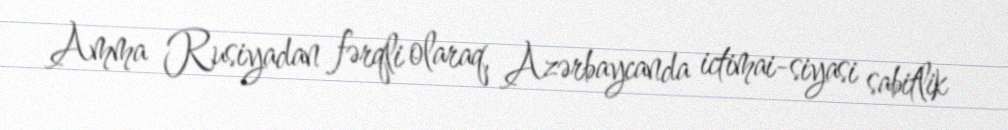
Amma Rusiyadan fərqli olaraq, Azərbaycanda ictimai-siyasi sabitlik